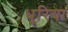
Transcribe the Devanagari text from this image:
धूरिया